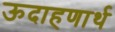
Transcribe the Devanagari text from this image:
ऊदाहणार्थ